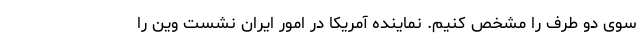
سوی دو طرف را مشخص کنیم. نماینده آمریکا در امور ایران نشست وین را